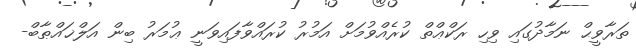
ތަރާވީޙް ނަމާދުގައި ވިހި ރަކްޢްތް ކުރެއްވުމަށް އަމުރު ކުރައްވާފައިވަނީ ޢުމަރު ބިން އަލްޚައްޠާބް-